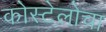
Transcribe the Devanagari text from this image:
कोस्टेलोचा